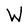
Character: W